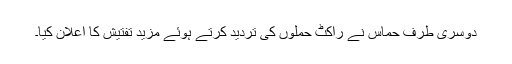
دوسری طرف حماس نے راکٹ حملوں کی تردید کرتے ہوئے مزید تفتیش کا اعلان کیا۔